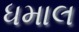
ધમાલ